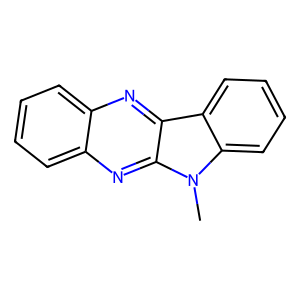
SMILES: Cn1c2ccccc2c2nc3ccccc3nc21
Inhibits HIV replication: No